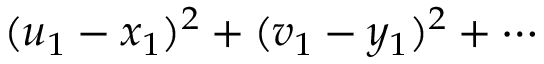
( u _ { 1 } - x _ { 1 } ) ^ { 2 } + ( v _ { 1 } - y _ { 1 } ) ^ { 2 } + \cdots